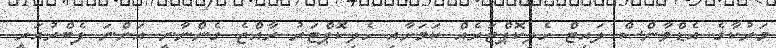
މަރުކާގެ އެޑްވާންސް ލައިޓް ހެލިކޮޕްޓަރެއް ކަމަށާއި ހެލިކޮޕްޓަރު ރާއްޖެ ގެންނާނީ އަންނަ ފެބްރުއަރީ